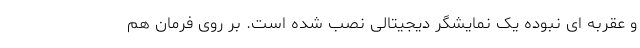
و عقربه ای نبوده یک نمایشگر دیجیتالی نصب شده است. بر روی فرمان هم